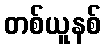
တစ်ယူနစ်